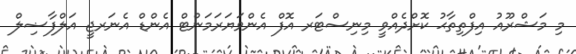
މި މަޝްރޫއު އިފްތިތާޙު ކޮށްދެއްވީ މިނިސްޓަރ އޮފް އެންވަޔަރަމަންޓް އެންޑް އެނަރޖީ އަލްފާޟިލް